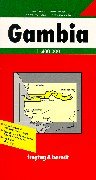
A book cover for Gambia (Country Road & Touring) (English and German Edition); Fb; Travel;